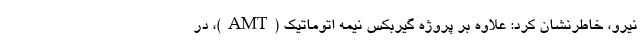
نیرو، خاطرنشان کرد: علاوه بر پروژه گیربکس نیمه اتوماتیک (AMT)، در